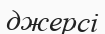
джерсі